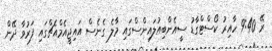
ރޭ 9:40 ހާއިރު ކޯސްޓްގާޑު ސީއެންބިއުލައިންސްގައި މާލެ ގެނެސް އައިޖީއެމްއެޗްގައި ފަރުވާ ދޭން